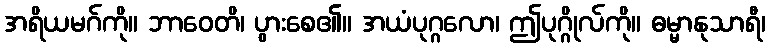
အရိယမဂ်ကို။ ဘာဝေတိ၊ ပွားစေ၏။ အယံပုဂ္ဂလော၊ ဤပုဂ္ဂိုလ်ကို။ ဓမ္မာနုသာရီ၊